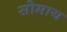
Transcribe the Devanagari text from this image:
सोमाय